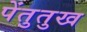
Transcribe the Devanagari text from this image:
पेंतुतुख